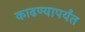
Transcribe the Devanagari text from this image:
काढण्यापर्यंत